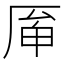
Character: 𠩯